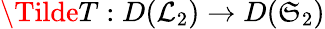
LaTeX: \Tilde{T}:D(\mathcal{L}_{2})\rightarrow D(\mathfrak{S}_{2})